Indian journal of veterinary science and animal husbandry - Volumes 24-25, 1954-1955
Year: 1954
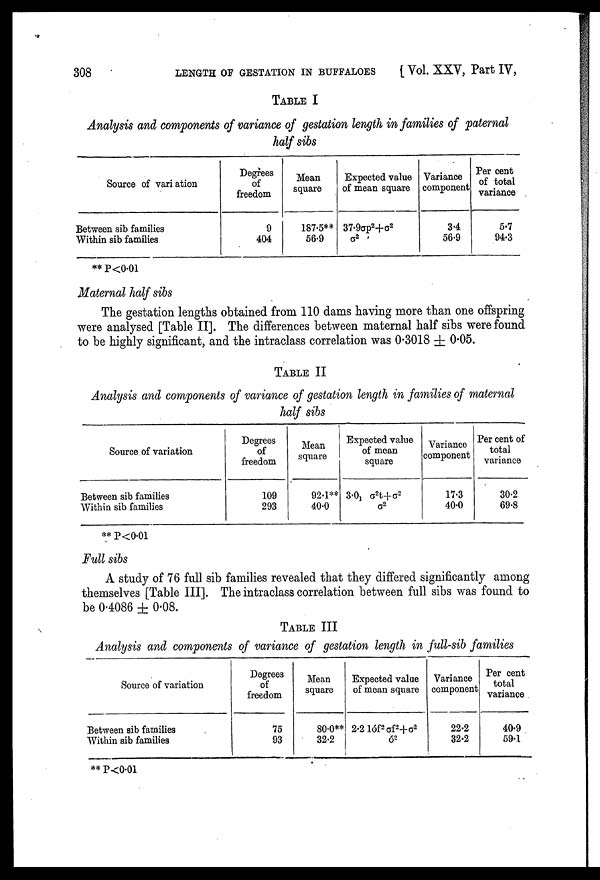
308
LENGTH OF GESTATION IN BUFFALOES
[ Vol. XXV, Part IV,
TABLE I
Analysis and components of variance of gestation length in families of paternal
half sibs
Source of variation
Between sib families
Within sib families
Degrees
of
freedom
9
404
Mean
square
187.5**
56.9
Expected value
of mean square
37.9σp 2 +σ 2
σ 2
Variance
component
3.4
56.9
Percent
of total
variance
5.7
94.3
** P<0.01
Maternal half sibs
The gestation lengths obtained from 110 dams having more than one offspring
were analysed [Table II]. The differences between maternal half sibs were found
to be highly significant, and the intraclass correlation was 0.3018 ± 0.05.
TABLE II
Analysis and components of variance of gestation length in families of maternal
half sibs
Source of variation
Between sib families
Within sib families
Degrees
of
freedom
109
293
Mean
square
92.1**
40.0
Expected value
of mean
square
3.0 1 σ 2 t+σ 2
σ 2
Variance
component
17.3
40.0
Percent of
total
variance
30.2
69.8
** P<0.01
Full sibs
A study of 76 full sib families revealed that they differed significantly among
themselves [Table III]. The intraclass correlation between full sibs was found to
be 0.4086 ± 0.08.
TABLE III
Analysis and components of variance of gestation length in full-sib families
Source of variation
Between sib families
Within sib families
Degrees
of
freedom
75
93
Mean
square
80.0**
32.2
Expected value
of mean square
2.2 1σf 2 σf 2 +σ 2
σ 2
Variance
component
22.2
32.2
Per cent
total
variance
40.9
59.1
** P<0.01